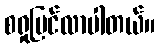
စရှုမြင်လာပါတယ်။